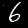
Label: 6